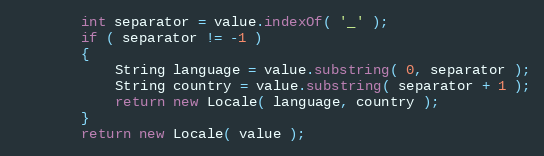
Language: Java
        int separator = value.indexOf( '_' );
        if ( separator != -1 )
        {
            String language = value.substring( 0, separator );
            String country = value.substring( separator + 1 );
            return new Locale( language, country );
        }
        return new Locale( value );